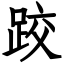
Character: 跤